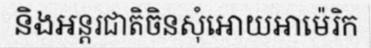
និងអន្តរជាតិចិនសុំអោយអាម៉េរិក